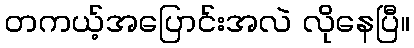
တကယ့်အပြောင်းအလဲ လိုနေပြီ။